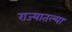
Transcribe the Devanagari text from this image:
राज्‍यातल्‍या